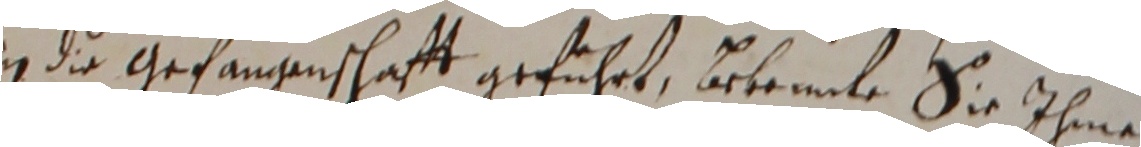
in die gefangenschafft geführt, bekennte sie ihme